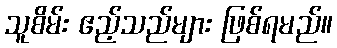
သူစိမ်း ဧည့်သည်များ ဖြစ်ရမည်။